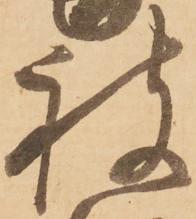
被